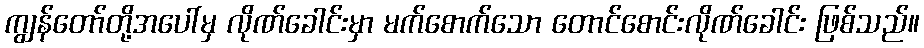
ကျွန်တော်တို့အပေါ်မှ လိုဏ်ခေါင်းမှာ မက်စောက်သော တောင်စောင်းလိုဏ်ခေါင်း ဖြစ်သည်။